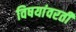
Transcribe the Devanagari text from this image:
विषयांवरती